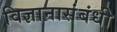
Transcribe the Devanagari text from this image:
विज्ञानासंबंधी